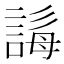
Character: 𧩒